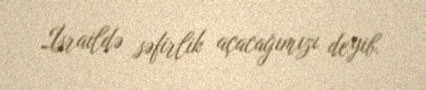
İsraildə səfirlik açacağımızı deyib.